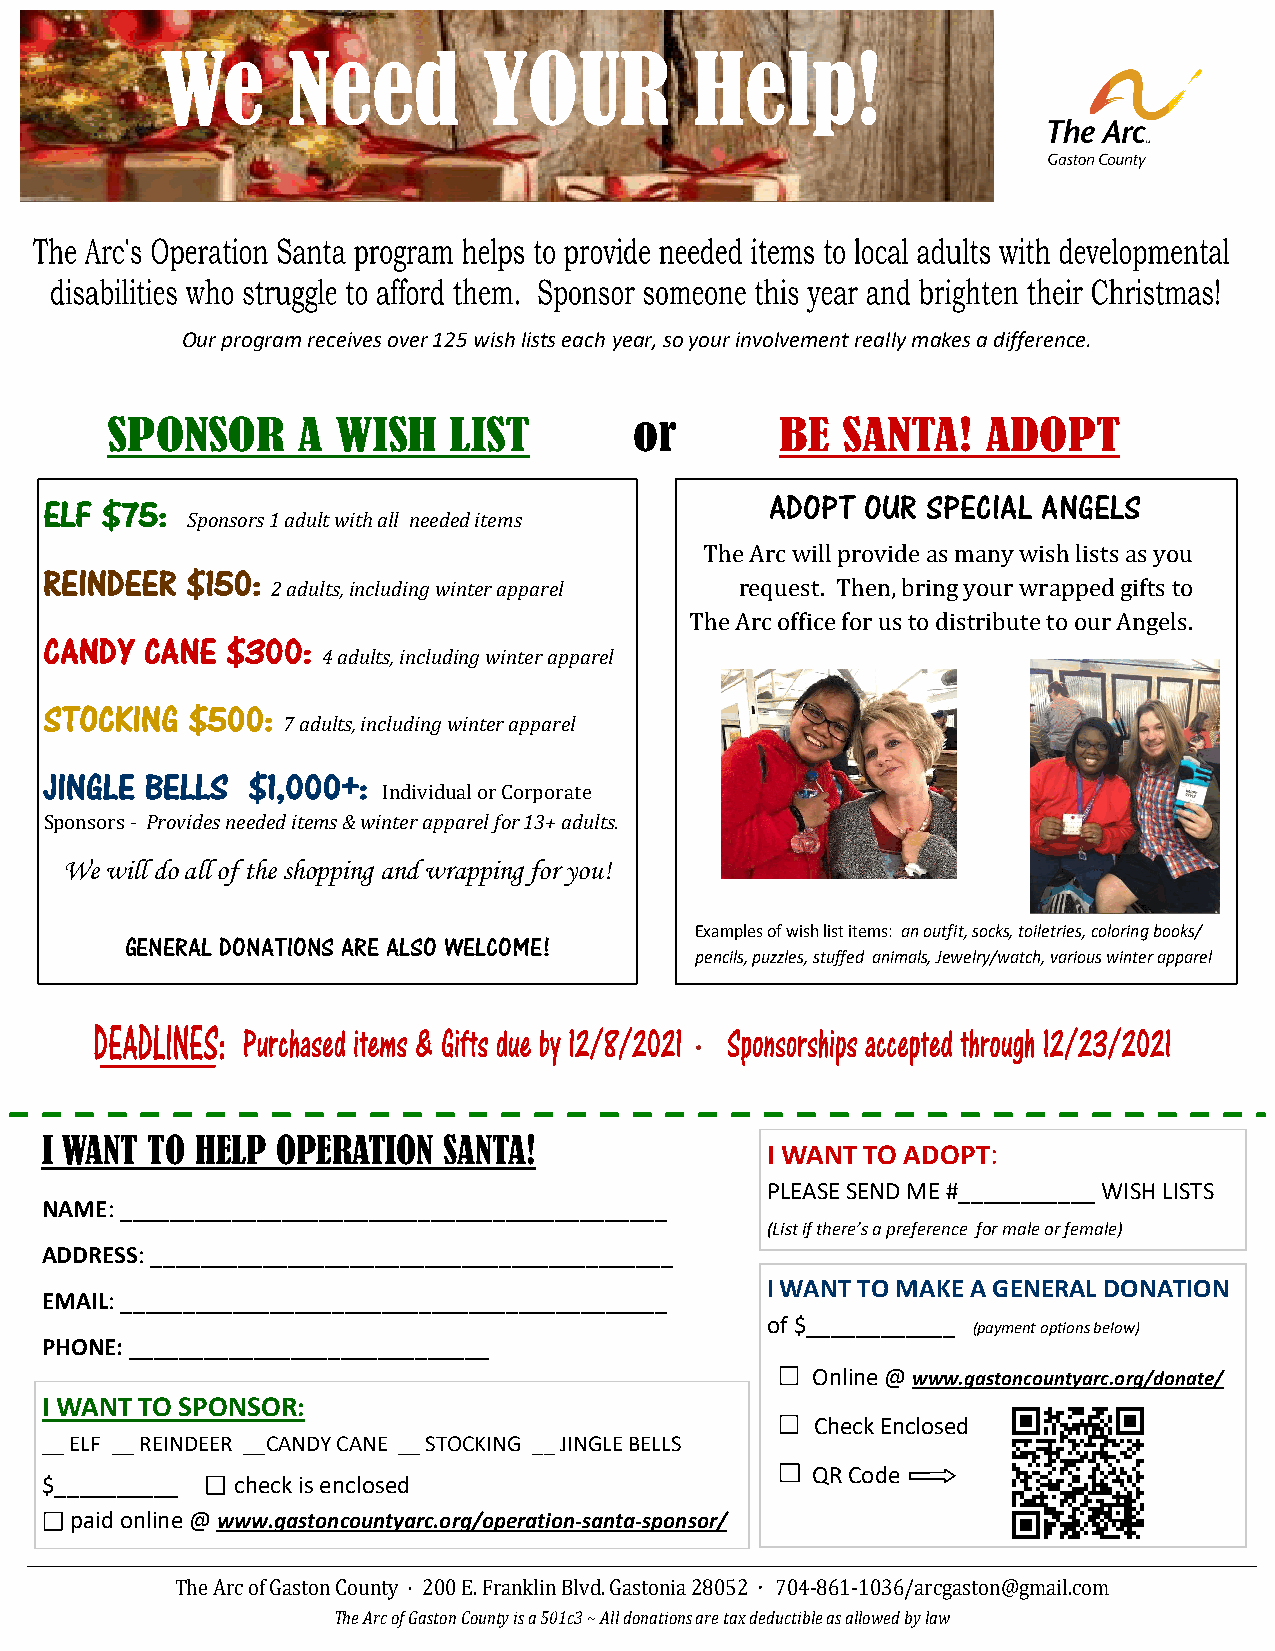
We      Need         YOUR          Help!
 Our program receives over 125 wish lists each year, so your involvement really makes a difference.
 SPONSOR      A WISH    LIST        or        BE  SANTA!   ADOPT
 ELF $75:                                        ADOPT OUR SPECIAL ANGELS
 Sponsors 1 adult with all needed items
 The Arc will provide as many wish lists as you
 REINDEER $150:
 2 adults, including winter apparel request. Then, bring your wrapped gifts to
 The Arc office for us to distribute to our Angels.
 CANDY  CANE $300:
 4 adults, including winter apparel
 STOCKING $500:
 7 adults, including winter apparel
 JINGLE BELLS $1,000+:
 Individual or Corporate
 Sponsors - Provides needed items & winter apparel for 13+ adults.
 We will do all of the shopping and wrapping for you!
 Examples of wish list items: an outfit, socks, toiletries, coloring books/
 GENERAL DONATIONS ARE ALSO WELCOME!
 pencils, puzzles, stuffed animals, Jewelry/watch, various winter apparel
 ·
 I WANT TO HELP OPERATION  SANTA!
 I WANT TO ADOPT:
 PLEASE SEND ME #___________ WISH LISTS
 NAME: ____________________________________________
 (List if there’s a preference for male or female)
 ADDRESS: __________________________________________
 I WANT TO MAKE A GENERAL DONATION
 EMAIL: ____________________________________________
 of $____________ (payment options below)
 PHONE: _____________________________
 Online @ www.gastoncountyarc.org/donate/
 I WANT TO SPONSOR:
 Check Enclosed
 __ ELF __ REINDEER __CANDY CANE __ STOCKING __ JINGLE BELLS
 QR Code
 $__________  check is enclosed
 paid online @ www.gastoncountyarc.org/operation-santa-sponsor/
 The Arc of Gaston County · 200 E. Franklin Blvd. Gastonia 28052 · 704-861-1036/arcgaston@gmail.com
 The Arc of Gaston County is a 501c3 ~ All donations are tax deductible as allowed by law